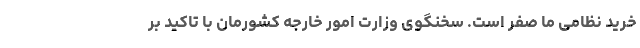
خرید نظامی ما صفر است. سخنگوی وزارت امور خارجه کشورمان با تاکید بر